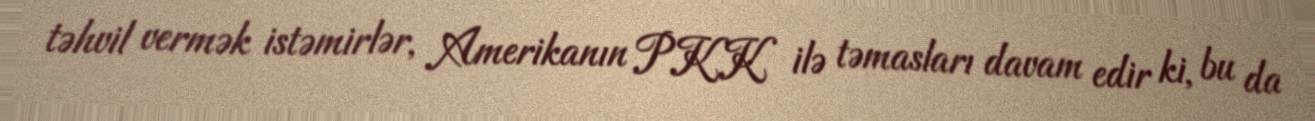
təhvil vermək istəmirlər, Amerikanın PKK ilə təmasları davam edir ki, bu da